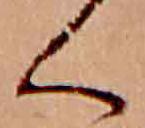
く